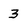
Character: 3